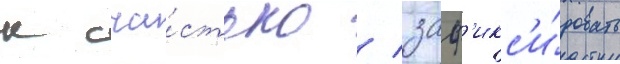
к сча́стью / заф'икс'и́ровать